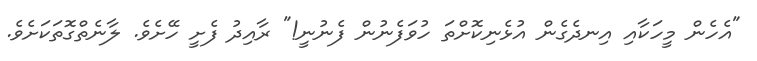
"އެހެން މީހަކާއި އިނދެގެން އުޅެނިކޮށްތަ ހުވަފެނުން ފެނުނީ!" ރާއިދު ފެށީ ހޭށެވެ. ލާނެތްގޮތަކަށެވެ.